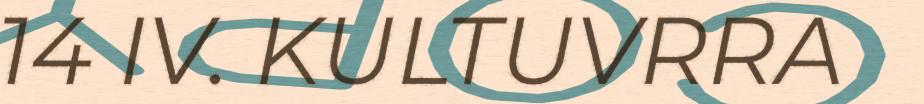
14 IV. KULTUVRRA